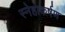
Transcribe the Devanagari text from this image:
स्नेहाकर्षण